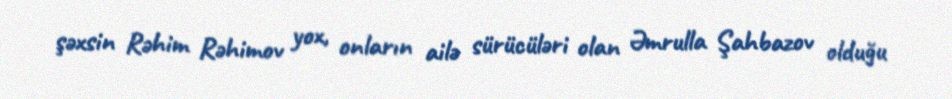
şəxsin Rəhim Rəhimov yox, onların ailə sürücüləri olan Əmrulla Şahbazov olduğu